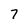
Character: 7